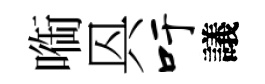
㗸㒷吁議